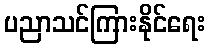
ပညာသင်ကြားနိုင်ရေး